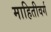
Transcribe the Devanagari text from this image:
माहितीवर्ग